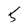
Character: 5